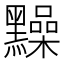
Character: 䵲